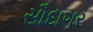
સૌદાગર